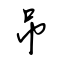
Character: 吊